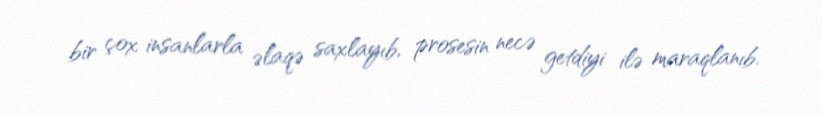
bir çox insanlarla əlaqə saxlayıb, prosesin necə getdiyi ilə maraqlanıb.